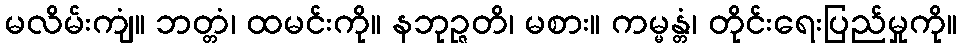
မလိမ်းကျံ။ ဘတ္တံ၊ ထမင်းကို။ နဘုဉ္ဇတိ၊ မစား။ ကမ္မန္တံ၊ တိုင်းရေးပြည်မှုကို။